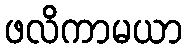
ဖလိကာမယာ